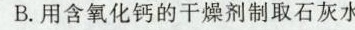
B.用含氧化钙的干燥剂制取石灰水